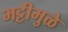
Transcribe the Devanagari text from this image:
भट्टीमुळे